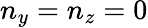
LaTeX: n_{y}=n_{z}=0